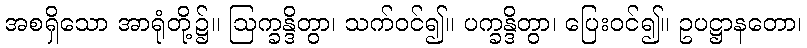
အစရှိသော အာရုံတို့၌။ ဩက္ခန္ဒိတွာ၊ သက်ဝင်၍။ ပက္ခန္ဒိတွာ၊ ပြေးဝင်၍။ ဥပဋ္ဌာနတော၊